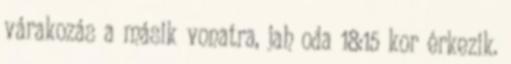
várakozás a másik vonatra, jah oda 18:15 kor érkezik.